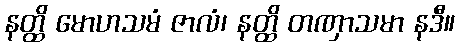
နတ္ထိ မောဟသမံ ဇာလံ၊ နတ္ထိ တဏှာသမာ နဒီ။